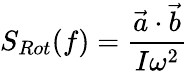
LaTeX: S_{Rot}(f)=\frac{\vec{a}\cdot\vec{b}}{I\omega^{2}}